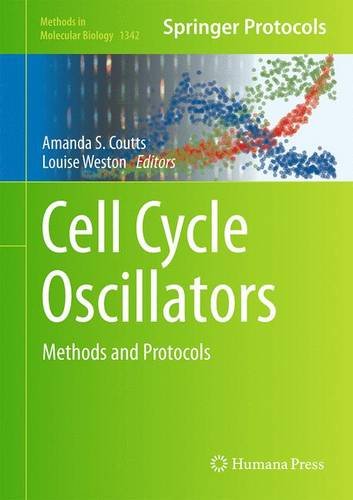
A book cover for Cell Cycle Oscillators: Methods and Protocols (Methods in Molecular Biology); Medical Books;